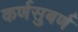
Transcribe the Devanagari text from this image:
कर्णसुबर्ण